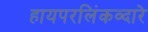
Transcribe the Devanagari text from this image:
हायपरलिंकव्दारे